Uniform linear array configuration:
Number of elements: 24
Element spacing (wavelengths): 0.75
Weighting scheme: hamming
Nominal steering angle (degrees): -45
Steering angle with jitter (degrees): -43.326
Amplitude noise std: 0.05
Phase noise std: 0.05

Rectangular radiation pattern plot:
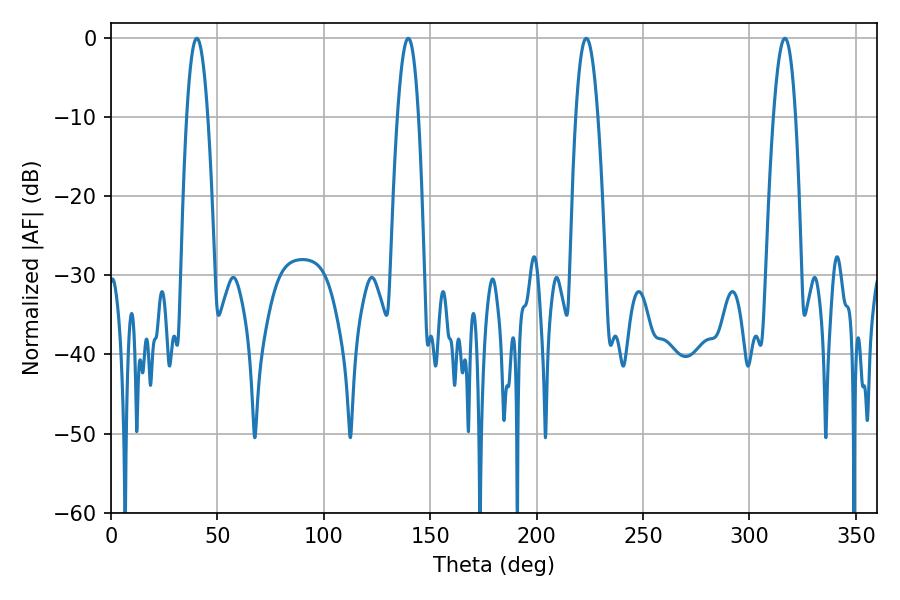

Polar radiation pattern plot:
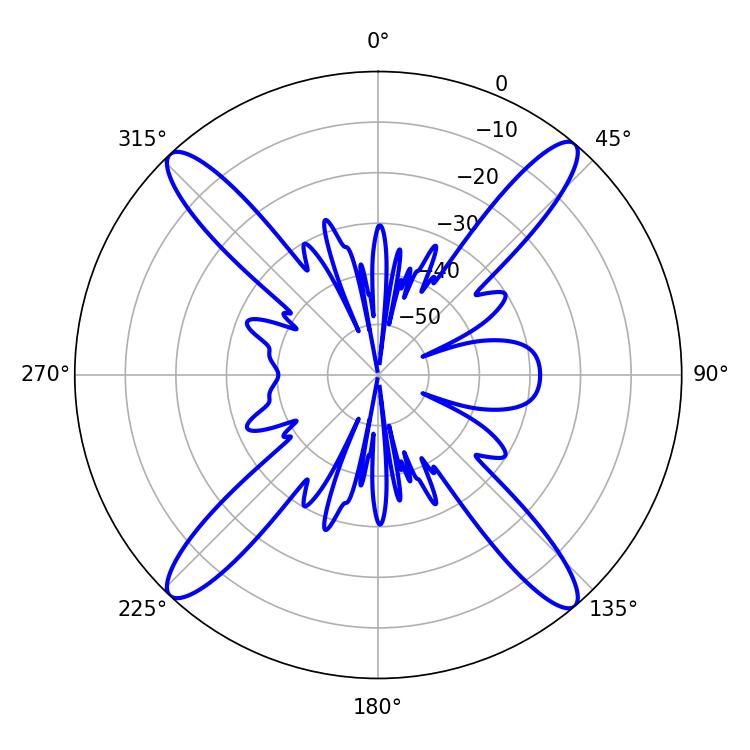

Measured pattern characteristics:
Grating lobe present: TRUE
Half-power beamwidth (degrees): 5.4
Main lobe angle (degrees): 40.32